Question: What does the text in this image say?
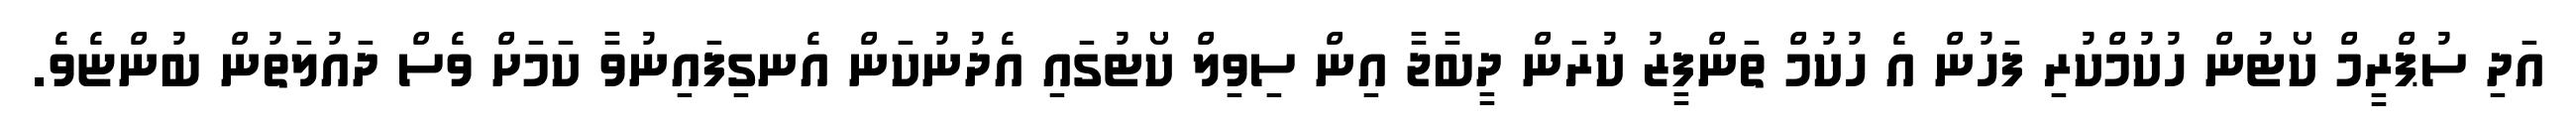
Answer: އަދި ސުޕްރީމް ކޯޓުން ހުކުމްކުރި ފަހުން އެ ހުކުމް ތަންފީޒު ކުރަން ދީބާޖާ އިން ސިވިލް ކޯޓުގައި އެދުނުކަން އެނގިފައިނުވާ ކަމަށް ވެސް ދައުލަތުން ބުންޏެވެ.